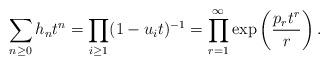
LaTeX: \begin{align*}\sum_{n\geq 0}h_nt^n = \prod_{i\geq1}(1-u_it)^{-1}=\prod_{r=1}^{\infty}\exp\left(\frac{p_rt^r}{r}\right).\end{align*}